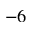
^ { - 6 }